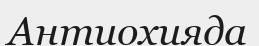
Антиохияда